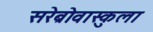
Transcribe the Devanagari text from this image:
सरेब्रोवास्कुला